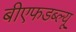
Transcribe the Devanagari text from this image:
बीएफडब्ल्यू